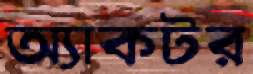
অ্যাকটর